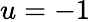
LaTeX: u=-1